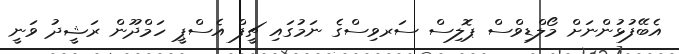
އެބޭފުޅުންނަށް މޯލްޑިވްސް ޕޮލިސް ސަރވިސްގެ ނަމުގައި ޗީފް އެސްޕީ ހަމްދޫން ރަޝީދު ވަނީ